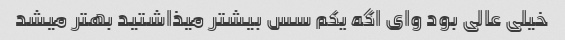
خیلی عالی بود وای اگه یکم سس بیشتر میذاشتید بهتر میشد